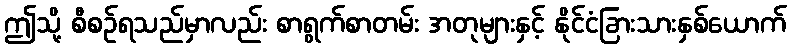
ဤသို့ စီစဉ်ရသည်မှာလည်း စာရွက်စာတမ်း အတုများနှင့် နိုင်ငံခြားသားနှစ်ယောက်